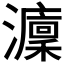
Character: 𤃢